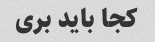
کجا باید بری